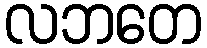
လဘတေ